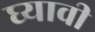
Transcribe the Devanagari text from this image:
घ्‍यावी